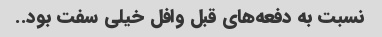
نسبت به دفعه‌های قبل وافل خیلی سفت بود..